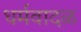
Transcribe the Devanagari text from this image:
धर्मवादळ